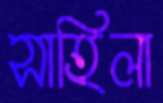
সাহিলা